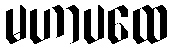
မဟာပထေ